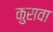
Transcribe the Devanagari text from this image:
कुसवा